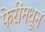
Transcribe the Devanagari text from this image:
फेरींमधून